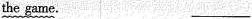
the game. ___